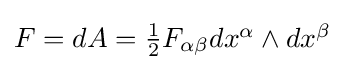
{\textstyle F=dA={\frac {1}{2}}F_{\alpha \beta }dx^{\alpha }\wedge dx^{\beta }}